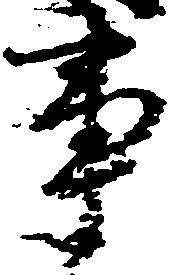
事